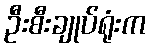
ဦးစီးချုပ်ရုံးက